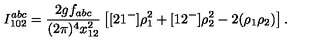
I _ { 1 0 2 } ^ { a b c } = \frac { 2 g f _ { a b c } } { ( 2 \pi ) ^ { 4 } x _ { 1 2 } ^ { 2 } } \left[ [ 2 1 ^ { - } ] \rho _ { 1 } ^ { 2 } + [ 1 2 ^ { - } ] \rho _ { 2 } ^ { 2 } - 2 ( \rho _ { 1 } \rho _ { 2 } ) \right] .